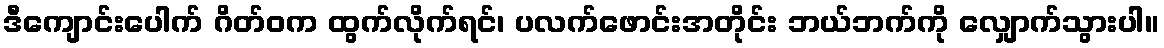
ဒီကျောင်းပေါက် ဂိတ်ဝက ထွက်လိုက်ရင်၊ ပလက်ဖောင်းအတိုင်း ဘယ်ဘက်ကို လျှောက်သွားပါ။